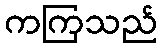
ကကြသည်